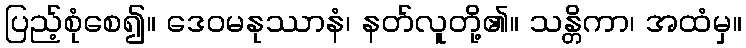
ပြည့်စုံစေ၍။ ဒေဝမနုဿာနံ၊ နတ်လူတို့၏။ သန္တိကာ၊ အထံမှ။